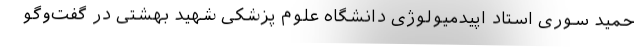
حمید سوری استاد اپیدمیولوژی دانشگاه علوم پزشکی شهید بهشتی در گفت‌وگو